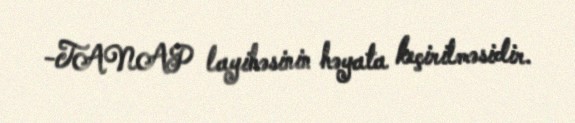
-TANAP layihəsinin həyata keçirilməsidir.